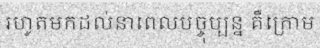
រហូតមកដល់នាពេលបច្ចុប្បន្ន គឺក្រោម